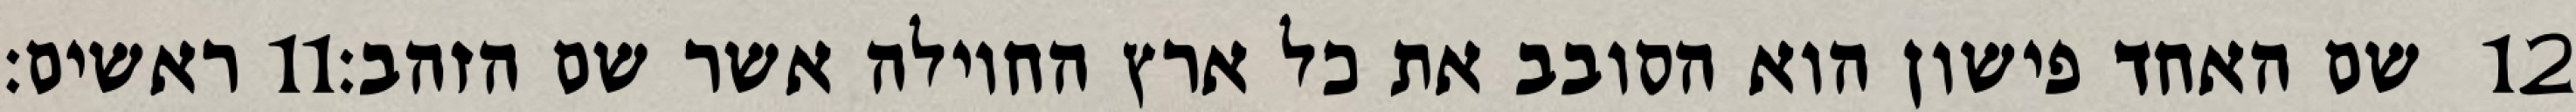
ראשים׃ ‎11‏ שם האחד פישון הוא הסובב את כל ארץ החוילה אשר שם הזהב׃ ‎12‏